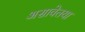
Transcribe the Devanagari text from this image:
असावेतया